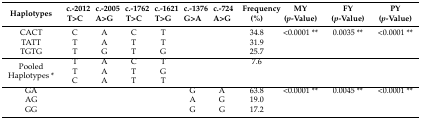
| Haplotypes | c.-2012 T>C | c.-2005 A>G | c.-1762 T>C | c.-1621 T>G | c.-1376 G>A | c.-724 A>G | Frequency (%) | MY (p-Value) | FY (p-Value) | PY (p-Value) |
 | --- | --- | --- | --- | --- | --- | --- | --- | --- | --- | --- |
 | CACT | C | A | C | T |  |  | 34.8 | <0.0001 ** | 0.0035 ** | <0.0001 ** |
 | TATT | T | A | T | T |  |  | 31.9 |  |  |  |
 | TGTG | T | G | T | G |  |  | 25.7 |  |  |  |
 | <ROWSPAN=3> Pooled Haplotypes * | T | A | C | T |  |  | 7.6 |  |  |  |
 | T | A | T | G |  |  |  |  |  |  |
 | C | A | T | T |  |  |  |  |  |  |
 | GA |  |  |  |  | G | A | 63.8 | <0.0001 ** | 0.0045 ** | <0.0001 ** |
 | AG |  |  |  |  | A | G | 19.0 |  |  |  |
 | GG |  |  |  |  | G | G | 17.2 |  |  |  |